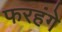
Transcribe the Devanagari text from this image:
फरहंगे